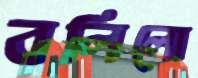
বলিলো